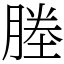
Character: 塍